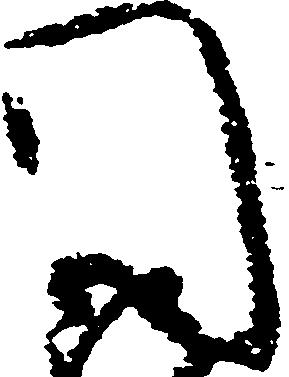
門